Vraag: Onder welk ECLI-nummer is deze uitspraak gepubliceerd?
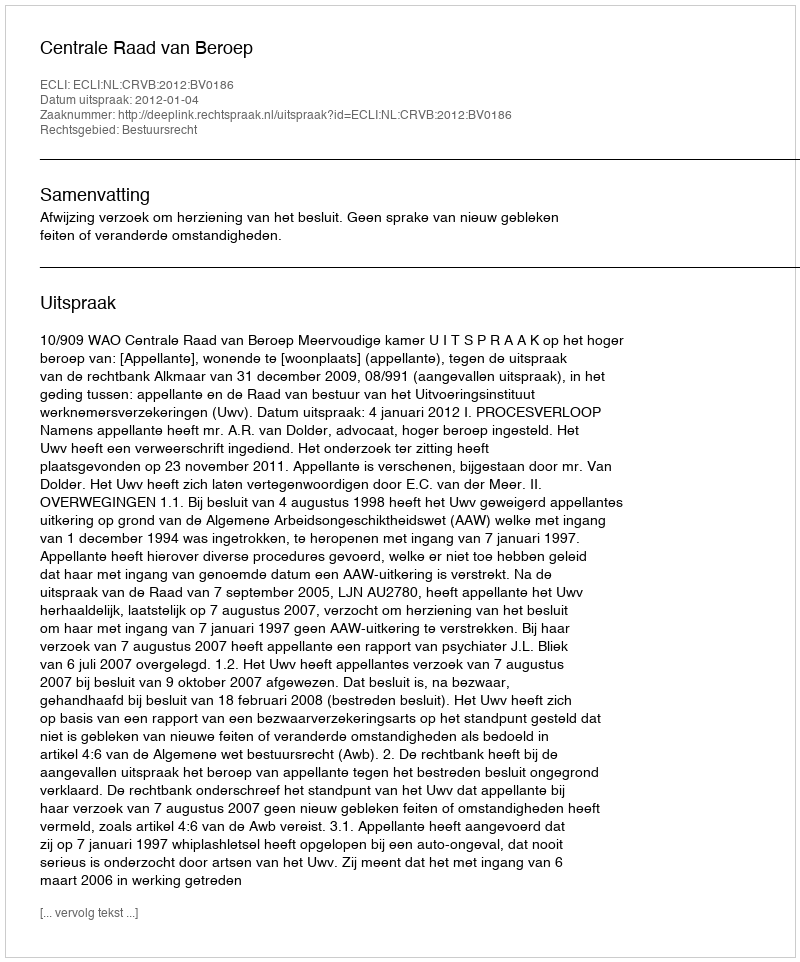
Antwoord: ECLI:NL:CRVB:2012:BV0186